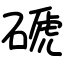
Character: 磃